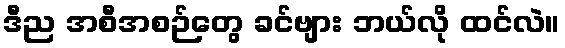
ဒီည အစီအစဉ်တွေ ခင်ဗျား ဘယ်လို ထင်လဲ။